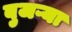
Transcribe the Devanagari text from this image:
बुजऱ्या